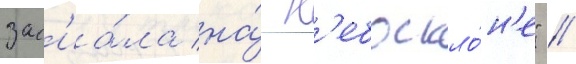
зас'иа́ла на́ н'ебоскло́н'е" //